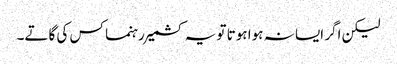
لیکن اگر ایسا نہ ہوا ہوتا تو یہ کشمیر رہنما کس کی گاتے۔